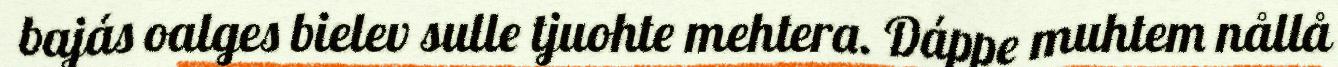
bajás oalges bielev sulle tjuohte mehtera. Dáppe muhtem nållå